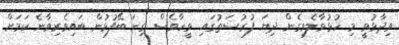
ވިދާޅުވީ މި ހުޅުވާލެވިގެން ދިޔަ ފުރުސަތުގައި ވީހާވެސް ގިނަ ބޭފުޅުން ބައިވެރިވާނެ ކަމަށް